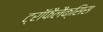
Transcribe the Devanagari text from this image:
ट्रॉफैलैक्सिस